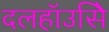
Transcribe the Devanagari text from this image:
दलहॉउसिे